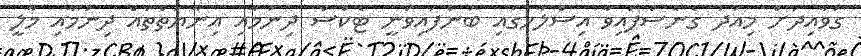
ގަވާއިދަށް މިއަދު ގެނެސްފައިވާ އިސްލާހުގައި ބުނެފައިވަނީ ޓެކްސް ދިނުމާއި އިނާޔަތްތައް ދިނުމާއި މާލީ